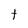
Character: t